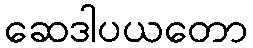
ဆေဒါပယတော